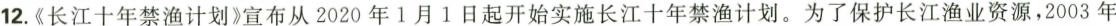
12.《长江十年禁渔计划》宣布从2020年1月1日起开始实施长江十年禁渔计划。为了保护长江渔业资源，2003年